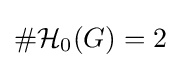
\#{\mathcal {H}}_{0}(G)=2